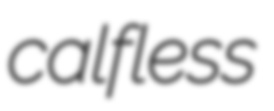
calfless